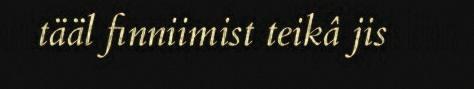
tääl finniimist teikâ jis